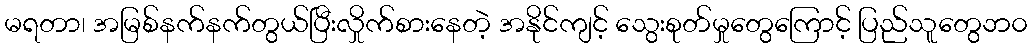
မရတာ၊ အမြစ်နက်နက်တွယ်ပြီးလှိုက်စားနေတဲ့ အနိုင်ကျင့် သွေးစုတ်မှုတွေကြောင့် ပြည်သူတွေဘ၀